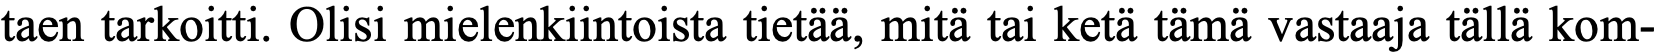
taen tarkoitti. Olisi mielenkiintoista tietää, mitä tai ketä tämä vastaaja tällä kom-